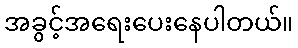
အခွင့်အရေးပေးနေပါတယ်။